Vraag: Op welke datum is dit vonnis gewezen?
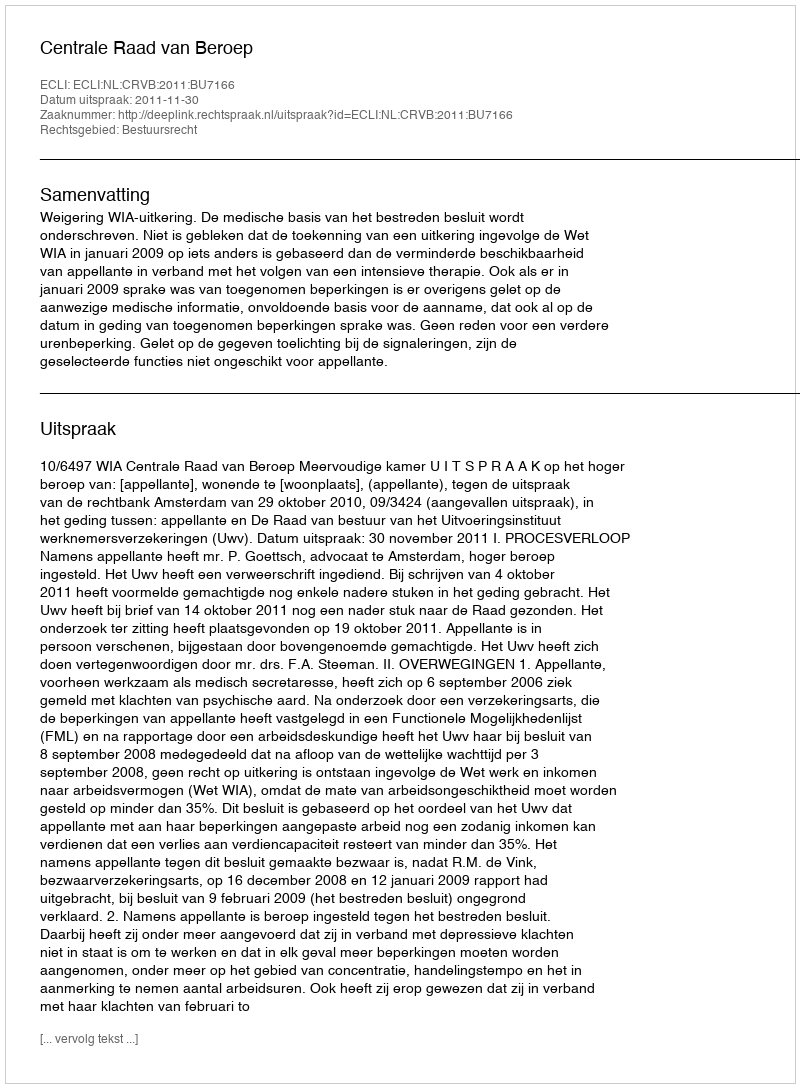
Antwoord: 2011-11-30